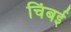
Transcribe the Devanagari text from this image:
चिंबई